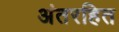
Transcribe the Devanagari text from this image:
अंतरहित